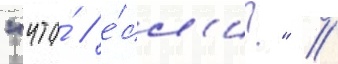
"что́ / е́сл'и?" //